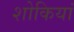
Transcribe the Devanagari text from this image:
शोकियां